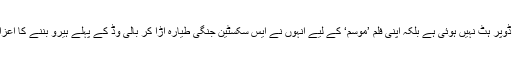
ان کی کوئی فلم سپر ڈوپر ہٹ نہیں ہوئی ہے بلکہ اپنی فلم ’موسم‘ کے لیے انہوں نے ایس سکسٹین جنگی طیارہ اڑا کر بالی وڈ کے پہلے ہیرو بننے کا اعزاز حاصل کر لیا ہے۔